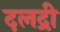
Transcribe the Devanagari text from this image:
दलद्री